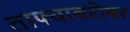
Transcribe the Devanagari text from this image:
ताफ्याबरोबर